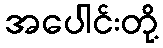
အပေါင်းတို့